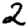
Digit: 2